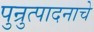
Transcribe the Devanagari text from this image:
पुन्रुत्पादनाचे